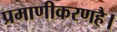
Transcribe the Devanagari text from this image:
प्रमाणीकरणहै।